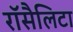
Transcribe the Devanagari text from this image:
रॉसैलिटा